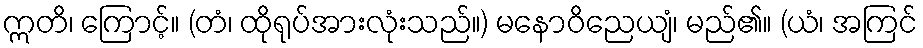
ဣတိ၊ ကြောင့်။ (တံ၊ ထိုရုပ်အားလုံးသည်။) မနောဝိညေယျံ၊ မည်၏။ (ယံ၊ အကြင်